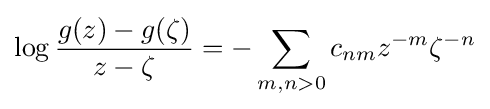
\log {\frac {g(z)-g(\zeta )}{z-\zeta }}=-\sum _{m,n>0}c_{nm}z^{-m}\zeta ^{-n}